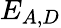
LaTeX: E_{A,D}